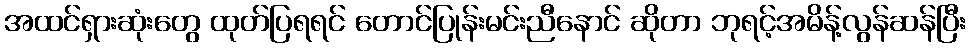
အထင်ရှားဆုံးတွေ ထုတ်ပြရရင် တောင်ပြုန်းမင်းညီနောင် ဆိုတာ ဘုရင့်အမိန့်လွန်ဆန်ပြီး